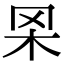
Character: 𦊋